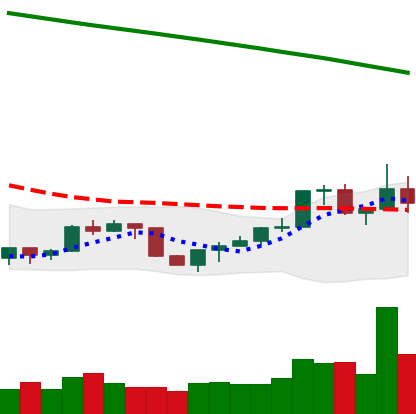
Ticker: NEO-USD
Chart end date: 2022-07-23
Forward return: 9.507%
Label: up_7plus